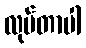
လုပ်တာပါ